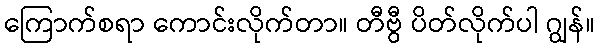
ကြောက်စရာ ကောင်းလိုက်တာ။ တီဗွီ ပိတ်လိုက်ပါ ဂျွန်။